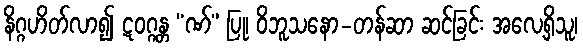
နိဂ္ဂဟိတ်လာ၍ ဋဝဂ္ဂန္တ “ဏ်” ပြု၊ ဝိဘူသနော-တန်ဆာ ဆင်ခြင်း အလေ့ရှိသူ၊